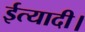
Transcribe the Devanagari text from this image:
ईत्यादी।